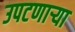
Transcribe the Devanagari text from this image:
उपटणार्‍या